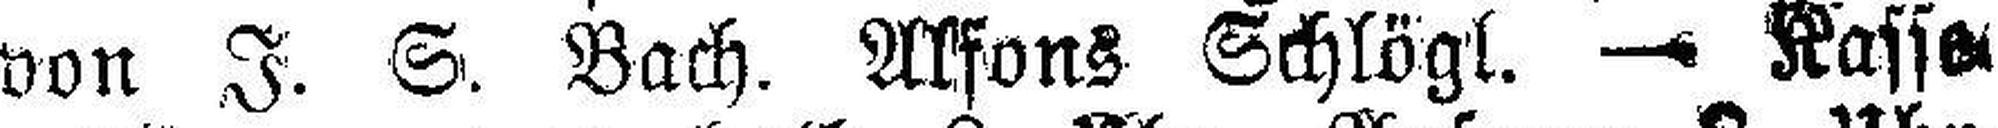
von J. S. Bach. Alfons Schlögl. — Kassa¬